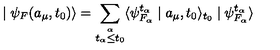
\mid \psi _ { F } ( a _ { \mu } , t _ { 0 } ) \rangle = \sum _ { \stackrel { \alpha } { t _ { \alpha } \leq t _ { 0 } } } \langle \psi _ { F _ { \alpha } } ^ { t _ { \alpha } } \mid a _ { \mu } , t _ { 0 } \rangle _ { t _ { 0 } } \mid \psi _ { F _ { \alpha } } ^ { t _ { \alpha } } \rangle